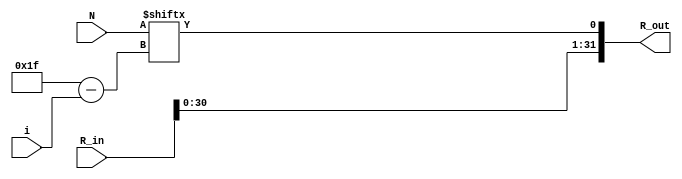
`timescale 1ns / 1ps
//////////////////////////////////////////////////////////////////////////////////
// University: New York University
// 
// Module Name: remainder 
// Description: 
//////////////////////////////////////////////////////////////////////////////////


module remainder_calculator( 
    R_in,
    N,
    i,
    R_out
    );
    
    input [31:0] R_in, N;
    input [4:0] i;
    output [31:0] R_out;

    
    assign R_out[31:1] = R_in[30:0];
    assign R_out[0] = N[31-i];
    
endmodule